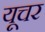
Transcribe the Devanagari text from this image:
यूचर